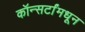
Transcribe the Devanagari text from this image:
कॉन्सर्टांंमधून